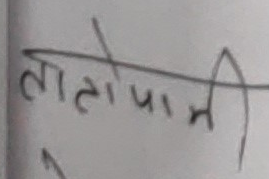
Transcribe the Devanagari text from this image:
तातोपानी